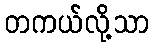
တကယ်လို့သာ